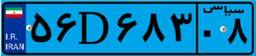
۵۶D۶۸۳۰۸